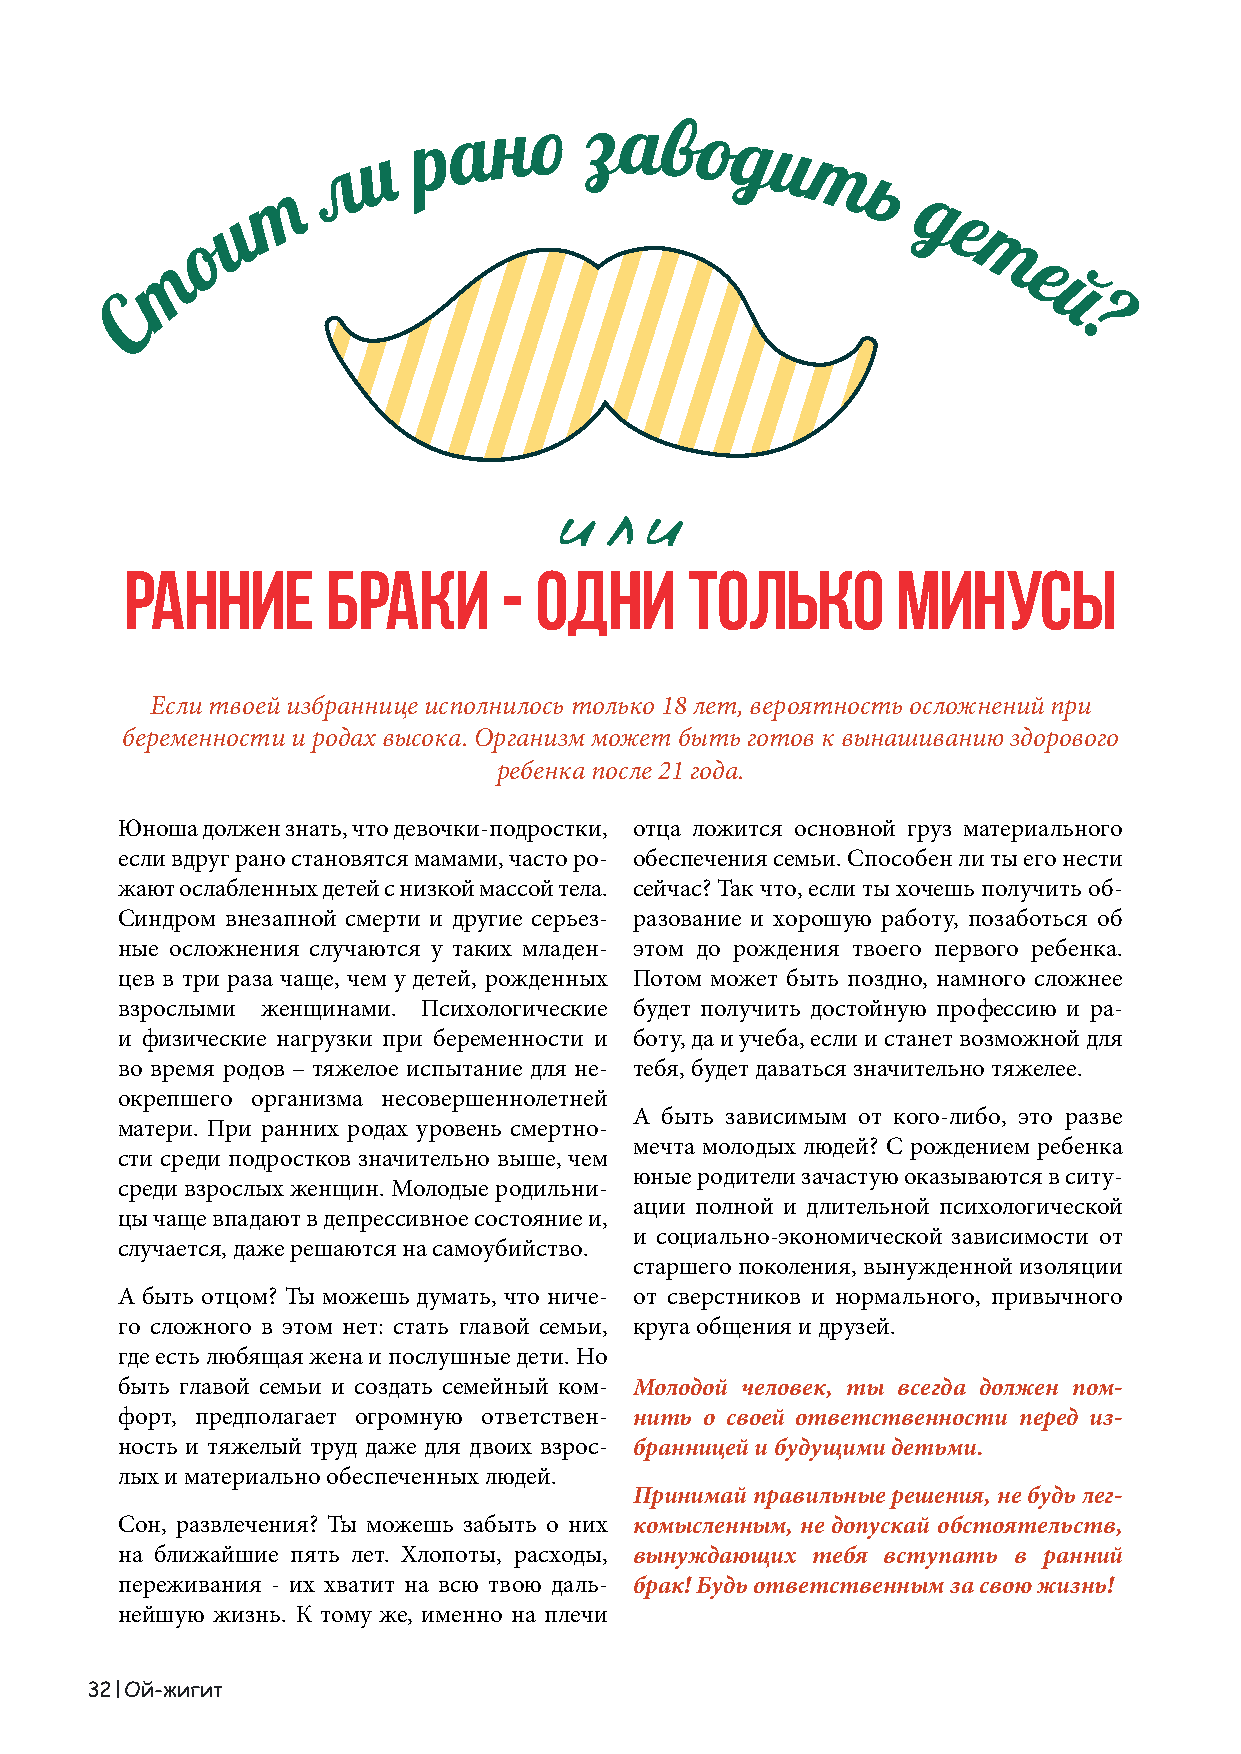
или
 ранние        браки      - одни       только       минусы
 Если твоей избраннице исполнилось только 18 лет, вероятность осложнений при
 беременности и родах высока. Организм может быть готов к вынашиванию здорового
 ребенка после 21 года.
 Юноша должен знать, что девочки-подростки, отца ложится основной груз материального
 если вдруг рано становятся мамами, часто ро- обеспечения семьи. Способен ли ты его нести
 жают ослабленных детей с низкой массой тела. сейчас? Так что, если ты хочешь получить об-
 Синдром внезапной смерти и другие серьез- разование и хорошую работу, позаботься об
 ные осложнения случаются у таких младен- этом до рождения твоего первого ребенка.
 цев в три раза чаще, чем у детей, рожденных Потом может быть поздно, намного сложнее
 взрослыми женщинами. Психологические будет получить достойную профессию и ра-
 и физические нагрузки при беременности и боту, да и учеба, если и станет возможной для
 во время родов – тяжелое испытание для не- тебя, будет даваться значительно тяжелее.
 окрепшего организма несовершеннолетней
 А быть зависимым от кого-либо, это разве
 матери. При ранних родах уровень смертно-
 мечта молодых людей? С рождением ребенка
 сти среди подростков значительно выше, чем
 юные родители зачастую оказываются в ситу-
 среди взрослых женщин. Молодые родильни-
 ации полной и длительной психологической
 цы чаще впадают в депрессивное состояние и,
 и социально-экономической зависимости от
 случается, даже решаются на самоубийство.
 старшего поколения, вынужденной изоляции
 А быть отцом? Ты можешь думать, что ниче- от сверстников и нормального, привычного
 го сложного в этом нет: стать главой семьи, круга общения и друзей.
 где есть любящая жена и послушные дети. Но
 быть главой семьи и создать семейный ком- Молодой человек, ты всегда должен пом-
 форт, предполагает огромную ответствен- нить о своей ответственности перед из-
 ность и тяжелый труд даже для двоих взрос- бранницей и будущими детьми.
 лых и материально обеспеченных людей.
 Принимай правильные решения, не будь лег-
 Сон, развлечения? Ты можешь забыть о них комысленным, не допускай обстоятельств,
 на ближайшие пять лет. Хлопоты, расходы, вынуждающих тебя вступать в ранний
 переживания - их хватит на всю твою даль- брак! Будь ответственным за свою жизнь!
 нейшую жизнь. К тому же, именно на плечи
 32 Ой-жигит                                                                                                                                    Ой-жигит 33